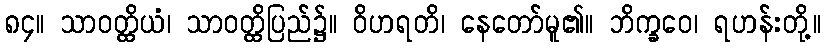
၈၄။ သာဝတ္ထိယံ၊ သာဝတ္ထိပြည်၌။ ဝိဟရတိ၊ နေတော်မူ၏။ ဘိက္ခဝေ၊ ရဟန်းတို့။